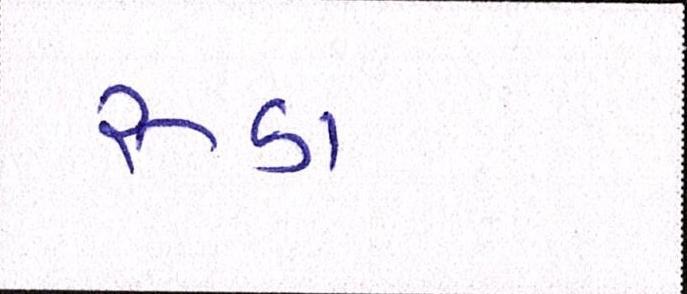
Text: રૂડા